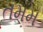
તમમ